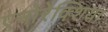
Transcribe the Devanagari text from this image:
एनोरेक्शिया